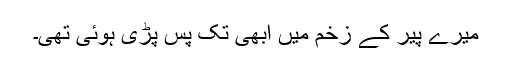
میرے پیر کے زخم میں ابھی تک پس پڑی ہوئی تھی۔